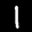
Label: 1